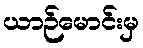
ယာဉ်မောင်းမှ